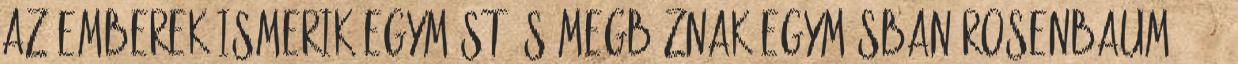
az emberek ismerik egymást és megbíznak egymásban Rosenbaum 2005